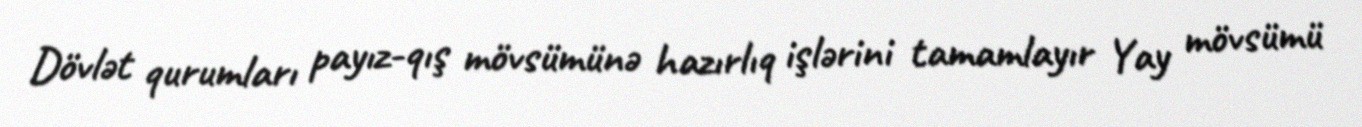
Dövlət qurumları payız-qış mövsümünə hazırlıq işlərini tamamlayır Yay mövsümü